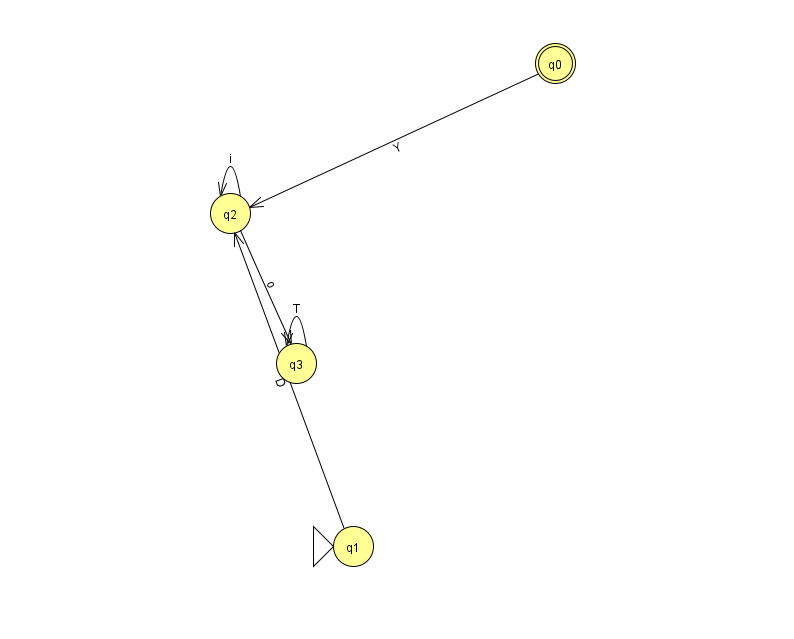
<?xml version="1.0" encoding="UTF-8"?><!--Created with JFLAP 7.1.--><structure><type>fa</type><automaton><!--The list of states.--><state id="0" name="q0"><x>555.0</x><y>50.0</y><final/></state><state id="1" name="q1"><x>353.0</x><y>533.0</y><initial/></state><state id="2" name="q2"><x>230.0</x><y>200.0</y></state><state id="3" name="q3"><x>296.0</x><y>350.0</y></state><!--The list of transitions.--><transition><from>2</from><to>3</to><read>o</read></transition><transition><from>3</from><to>3</to><read>T</read></transition><transition><from>2</from><to>2</to><read>i</read></transition><transition><from>0</from><to>2</to><read>Y</read></transition><transition><from>1</from><to>2</to><read>D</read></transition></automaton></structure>